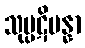
သုပ္ပဋိပန္နာ